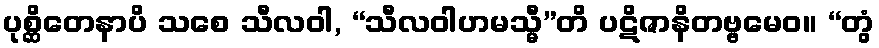
ပုစ္ဆိတေနာပိ သစေ သီလဝါ, “သီလဝါဟမသ္မီ”တိ ပဋိဇာနိတဗ္ဗမေဝ။ “တွံ